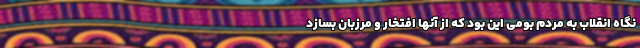
نگاه انقلاب به مردم بومی این بود که از آنها افتخار و مرزبان بسازد